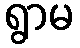
ရွာမ